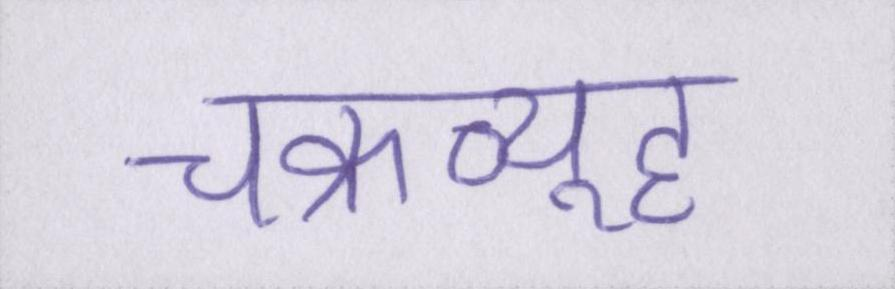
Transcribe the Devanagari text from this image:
चक्रव्यूह